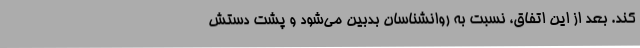
کند. بعد از این اتفاق، نسبت به روانشناسان بدبین می‌شود و پشت دستش